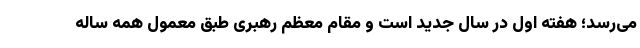
می‌رسد؛ هفته اول در سال جدید است و مقام معظم رهبری طبق معمول همه ساله